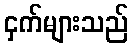
ငှက်များသည်